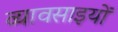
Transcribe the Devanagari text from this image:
व्यावसाइयों